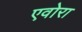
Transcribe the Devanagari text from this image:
एवोरा